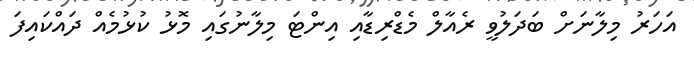
އަހަރު މިލާނަށް ބަދަލުވީ ރެއާލް މެޑްރިޑާއި އިންޓަ މިލާނުގައި މޮޅު ކުޅުމެއް ދައްކައިފަ